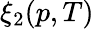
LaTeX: \xi_{2}(p,T)